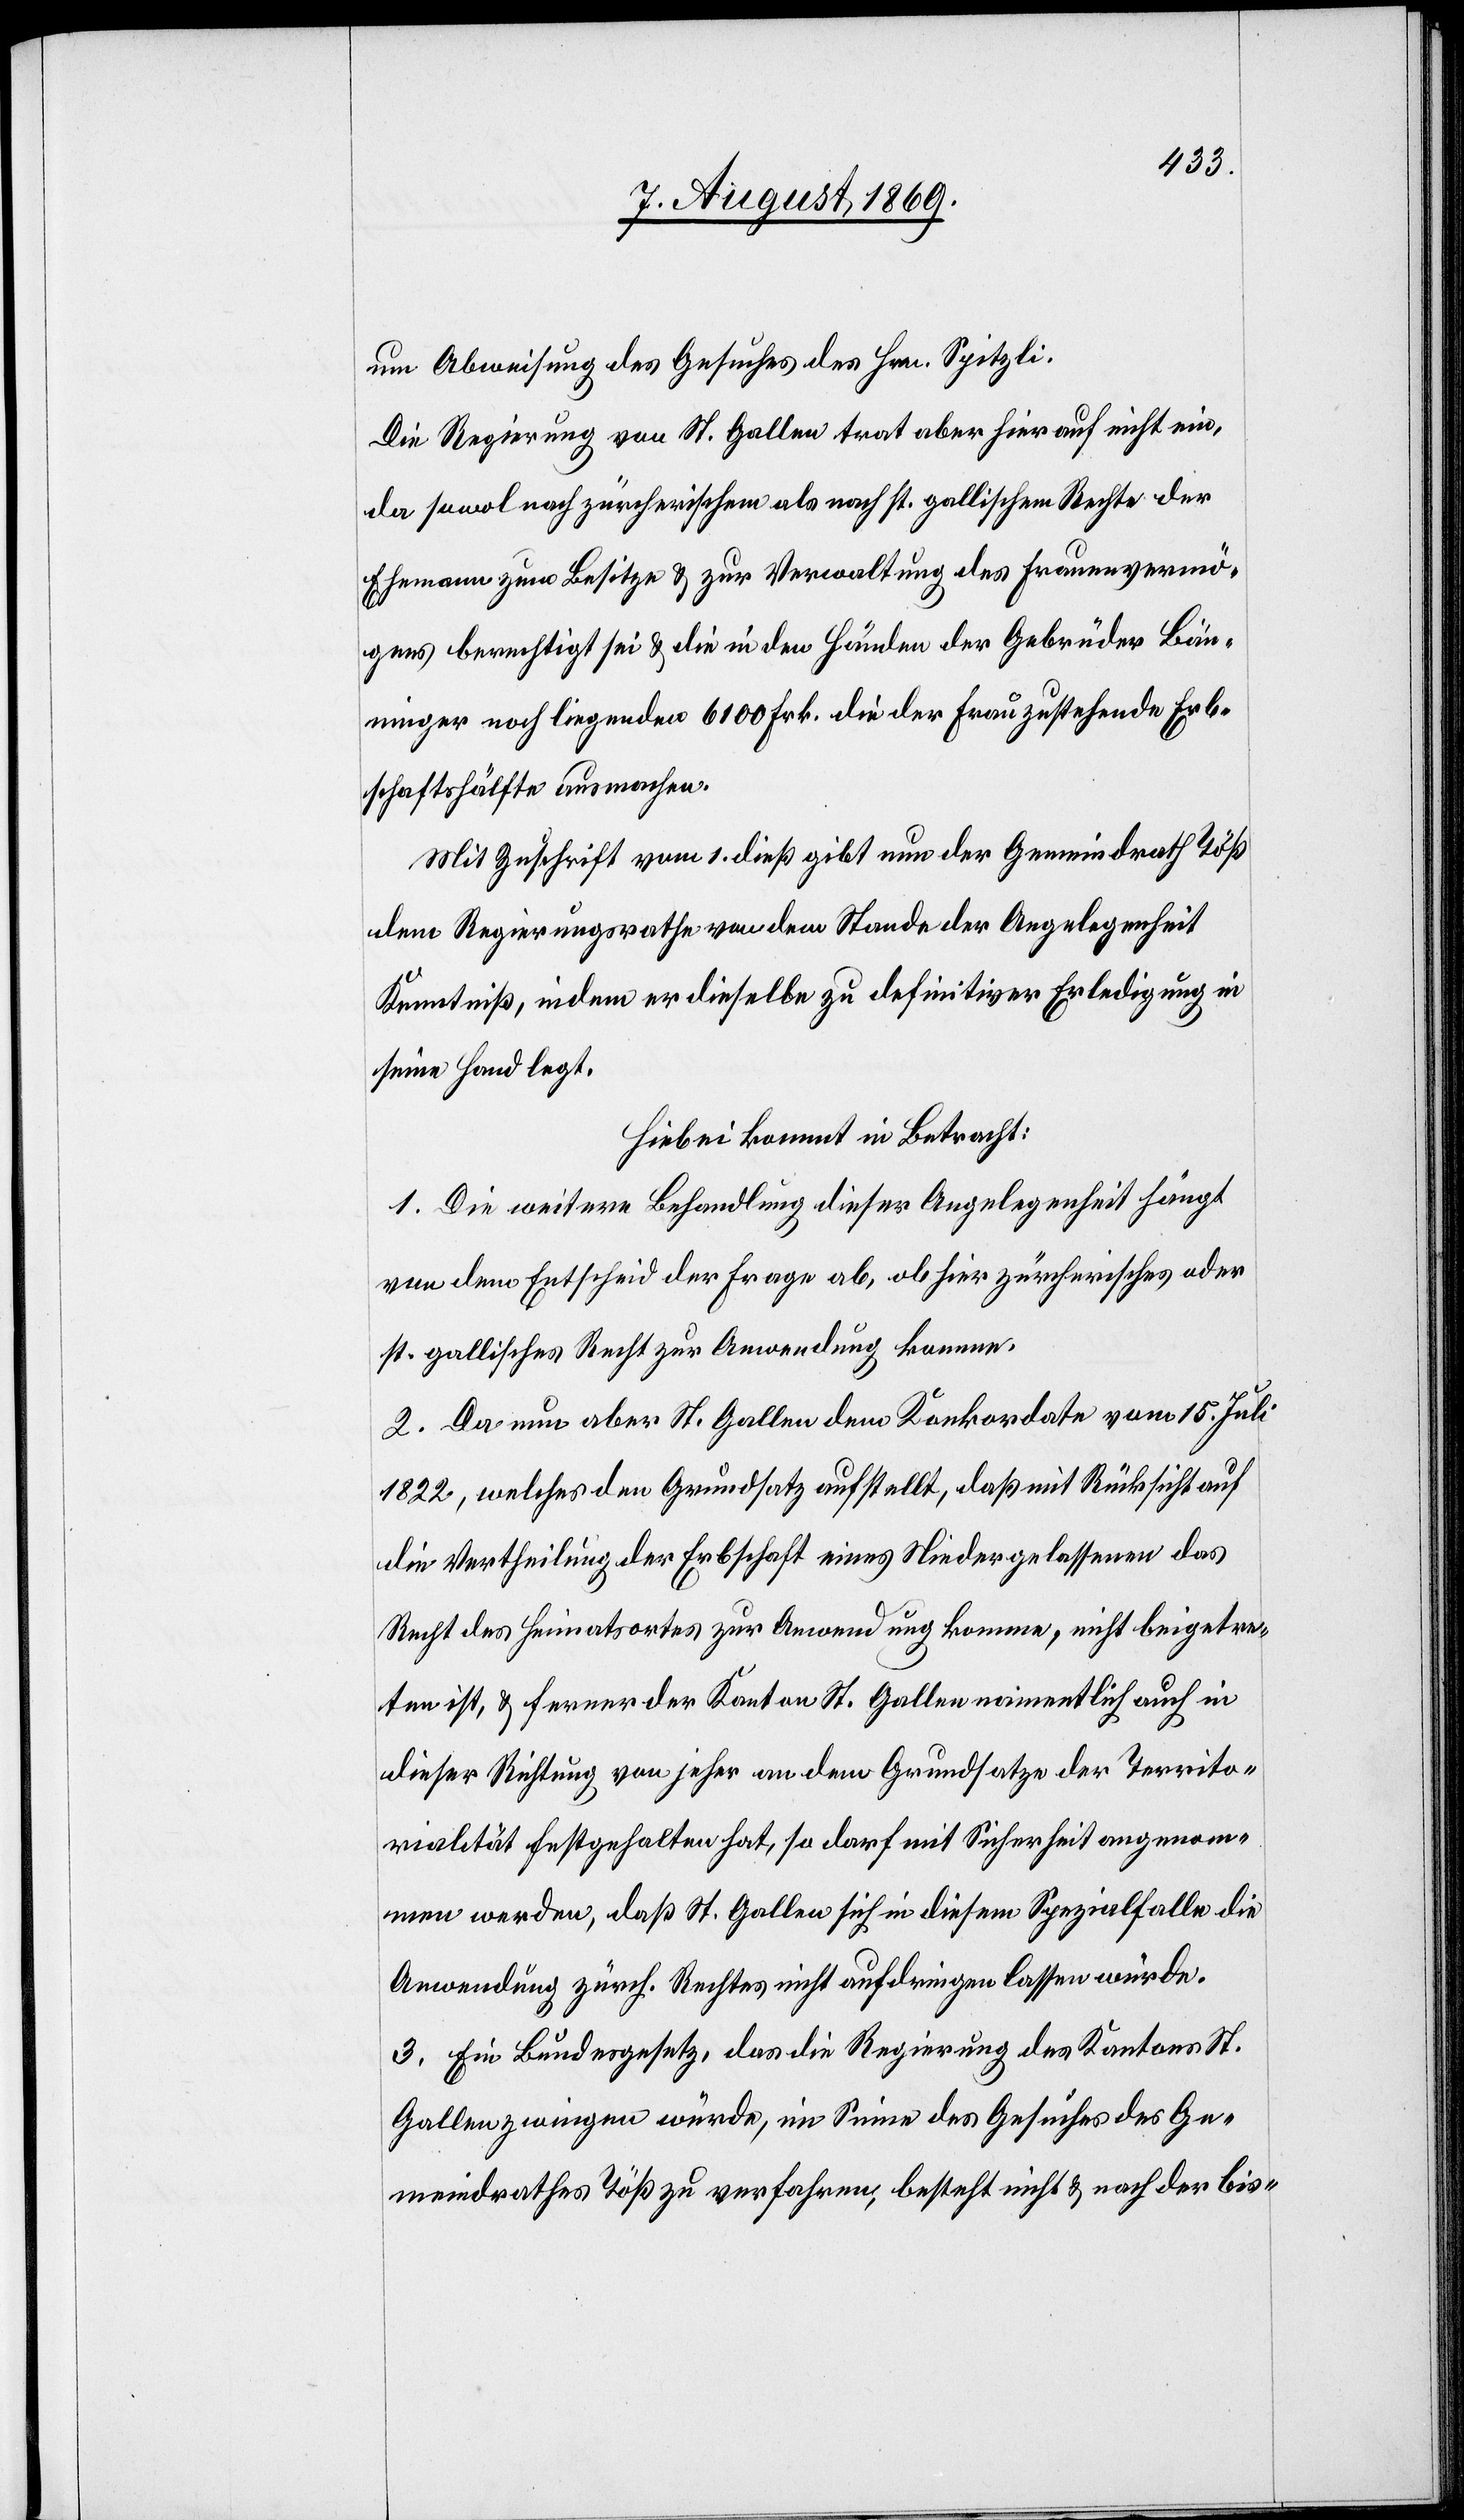
um Abweisung des Gesuches des Hrn. Spitzli.
Die Regierung von St. Gallen trat aber hierauf nicht ein,
da sowol nach zürcherischem als nach st. gallischem Rechte der
Ehemann zum Besitze & zur Verwaltung des Frauenvermö¬
gens berechtigt sei & die in den Händen der Gebrüder Bän¬
ninger noch liegenden 6 100 Frk. die der Frau zustehende Erb¬
schaftshälfte ausmachen.
Mit Zuschrift vom 1 dieß gibt nun der Gemeindrath Töß
dem Regierungsrathe von dem Stande der Angelegenheit
Kenntniß, indem er dieselbe zu definitiver Erledigung in
seine Hand legt.
Hiebei kommt in Betracht:
1. Die weitere Behandlung dieser Angelegenheit hängt
von dem Entscheid der Frage ab, ob hier zürcherisches oder
st. gallisches Recht zur Anwendung komme.
2. Da nun aber St. Gallen dem Konkordate vom 15 Juli
1822, welches den Grundsatz aufstellt, daß mit Rücksicht auf
die Vertheilung der Erbschaft eines Niedergelassenen das
Recht des Heimatortes zur Anwendung komme, nicht beigetre¬
ten ist, & ferner der Kanton St. Gallen namentlich auch in
dieser Richtung von jeher an dem Grundsatze der Territo¬
rialität festgehalten hat, so darf mit Sicherheit angenom¬
men werden, daß St. Gallen sich in diesem Spezialfalle die
Anwendung zürch. Rechtes nicht aufdringen lassen würde.
3. Ein Bundesgesetz, das die Regierung des Kantons St.
Gallen zwingen würde, im Sinne des Gesuches des Ge¬
meindrathes Töß zu verfahren, besteht nicht & nach der bis-